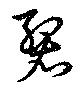
裂